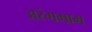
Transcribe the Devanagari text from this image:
अरंगमाम